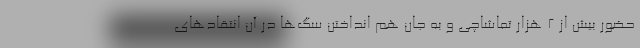
حضور بیش از ۲ هزار تماشاچی و به جان هم انداختن سگ‌ها در آن انتقادهای